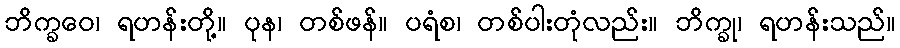
ဘိက္ခဝေ၊ ရဟန်းတို့။ ပုန၊ တစ်ဖန်။ ပရံစ၊ တစ်ပါးတုံလည်း။ ဘိက္ခု၊ ရဟန်းသည်။